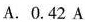
A. 0.42 A